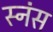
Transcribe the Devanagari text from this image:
स्नंस